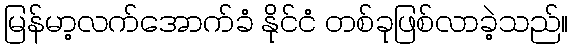
မြန်မာ့လက်အောက်ခံ နိုင်ငံ တစ်ခုဖြစ်လာခဲ့သည်။